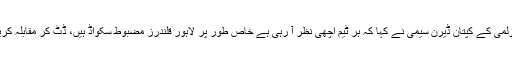
پشاور زلمی کے کپتان ڈیرن سیمی نے کہا کہ ہر ٹیم اچھی نظر آ رہی ہے خاص طور پر لاہور قلندرز مضبوط سکواڈ ہیں، ڈٹ کر مقابلہ کریں گے۔